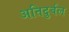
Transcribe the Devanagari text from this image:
अतिदुर्बल